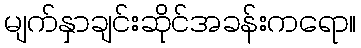
မျက်နှာချင်းဆိုင်အခန်းကရော။